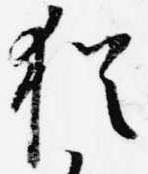
猶